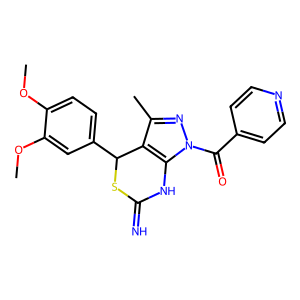
SMILES: COc1ccc(C2SC(=N)Nc3c2c(C)nn3C(=O)c2ccncc2)cc1OC
Inhibits HIV replication: Yes